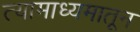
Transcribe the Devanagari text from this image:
त्यामाध्यमातून